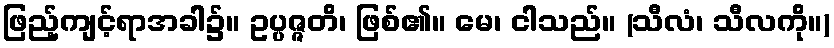
ဖြည့်ကျင့်ရာအခါ၌။ ဥပ္ပဇ္ဇတိ၊ ဖြစ်၏။ မေ၊ ငါသည်။ (သီလံ၊ သီလကို။)